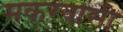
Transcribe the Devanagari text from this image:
मकरवासी